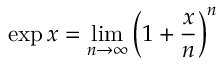
\exp x = \operatorname* { l i m } _ { n \to \infty } \left( 1 + { \frac { x } { n } } \right) ^ { n }